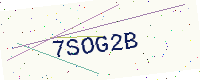
Text: 7SOG2B